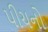
પીચનો